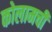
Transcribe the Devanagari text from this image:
कोलामची